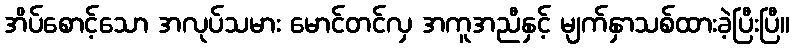
အိပ်စောင့်သော အလုပ်သမား မောင်တင်လှ အကူအညီနှင့် မျက်နှာသစ်ထားခဲ့ပြီးပြီ။